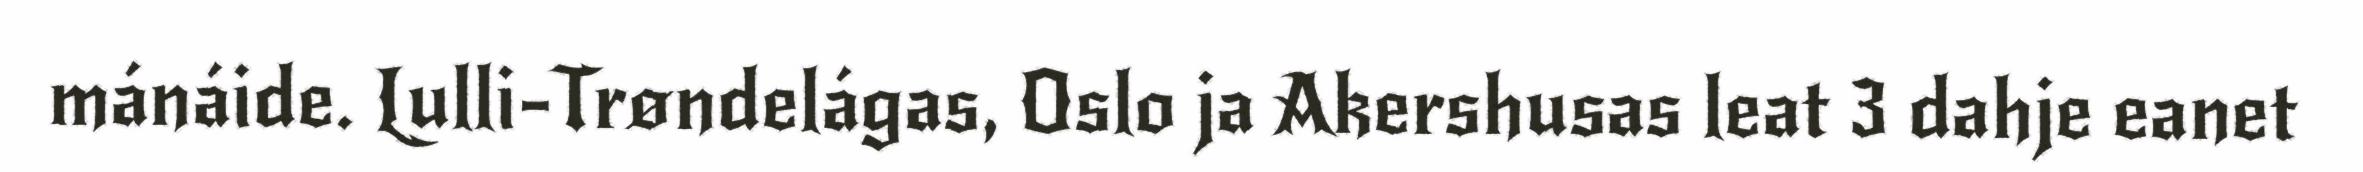
mánáide. Lulli-Trøndelágas, Oslo ja Akershusas leat 3 dahje eanet